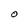
Character: O